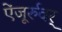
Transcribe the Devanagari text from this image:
ऐंजूर्रुवर्